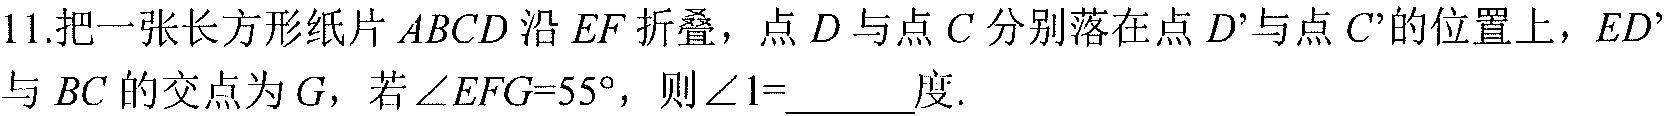
11.把一张长方形纸片$ABCD$沿$EF$折叠，点$D$与点$C$分别落在点$D’$与点$C’$的位置上，$ED’$与$BC$的交点为$G$，若$\angle EFG = 55^{\circ}$，则$\angle 1 = \underline{\quad\quad}$度.